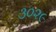
૩૦૨૯